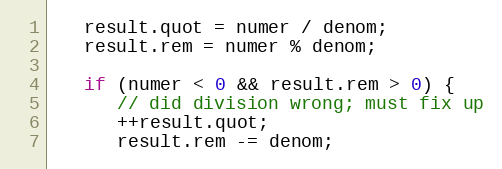
Language: C
   result.quot = numer / denom;
   result.rem = numer % denom;

   if (numer < 0 && result.rem > 0) {
      // did division wrong; must fix up
      ++result.quot;
      result.rem -= denom;